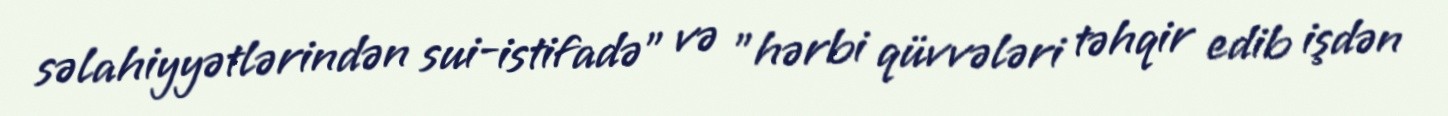
səlahiyyətlərindən sui-istifadə" və "hərbi qüvvələri təhqir edib işdən